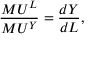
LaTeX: { \frac { M U ^ { L } } { M U ^ { Y } } } = { \frac { d Y } { d L } } ,